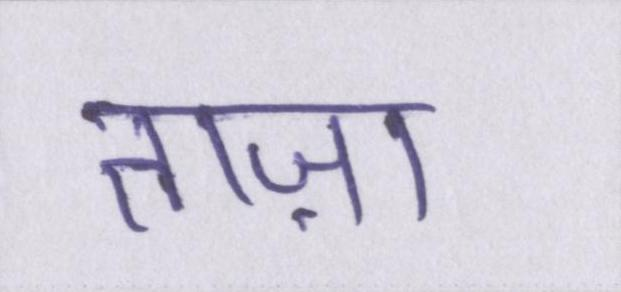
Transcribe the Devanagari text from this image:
ताज़ा